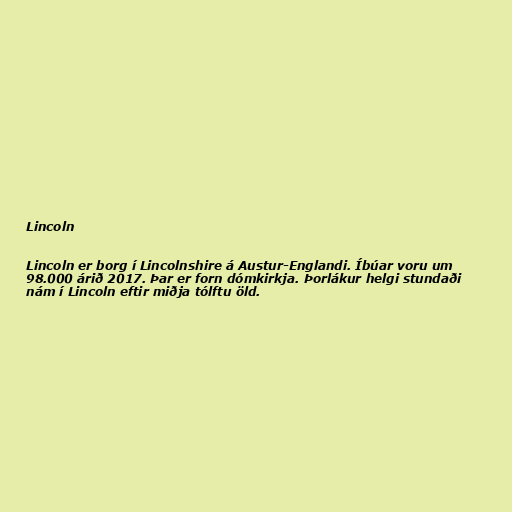
Lincoln

Lincoln er borg í Lincolnshire á Austur-Englandi. Íbúar voru um
98.000 árið 2017. Þar er forn dómkirkja. Þorlákur helgi stundaði
nám í Lincoln eftir miðja tólftu öld.